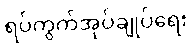
ရပ်ကွက်အုပ်ချုပ်ရေး